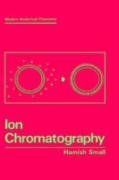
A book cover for Ion Chromatography (Modern Analytical Chemistry); Hamish Small; Science & Math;